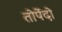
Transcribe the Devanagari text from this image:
तोर्पेदो